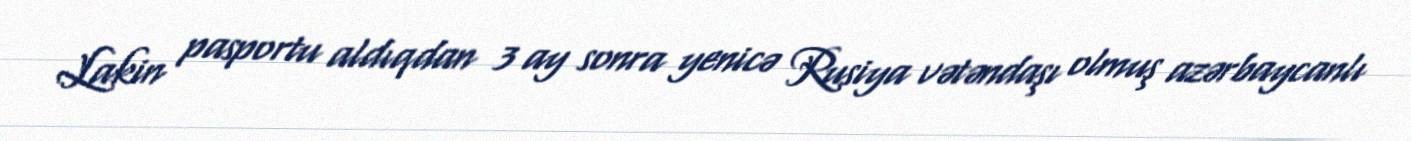
Lakin pasportu aldıqdan 3 ay sonra yenicə Rusiya vətəndaşı olmuş azərbaycanlı